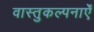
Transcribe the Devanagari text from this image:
वास्तुकल्पनाएँ